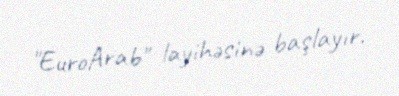
"EuroArab" layihəsinə başlayır.